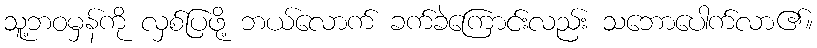
သူ့ဘဝမှန်ကို လှစ်ပြဖို့ ဘယ်လောက် ခက်ခဲကြောင်းလည်း သဘောပေါက်လာ၏။